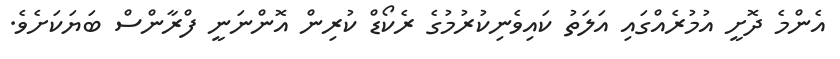
އެންމެ ދޮށީ އުމުރެއްގައި އަލަތު ކައިވެނިކުރުމުގެ ރެކޯޑް ކުރިން އޮންނަނީ ފްރާންސް ބަޔަކަށެވެ.